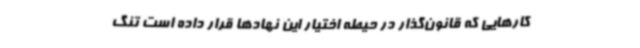
کارهایی که قانون‌گذار در حیطه اختیار این نهادها قرار داده است تنگ